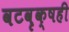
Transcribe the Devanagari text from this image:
वटवृक्षही